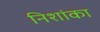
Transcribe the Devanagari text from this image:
निशांका